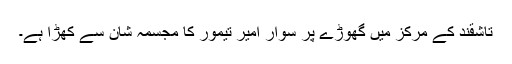
تاشقند کے مرکز میں گھوڑے پر سوار امیر تیمور کا مجسمہ شان سے کھڑا ہے۔